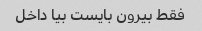
فقط بیرون بایست بیا داخل